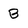
Character: B